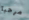
مرحبا